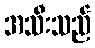
အသီးသည်